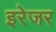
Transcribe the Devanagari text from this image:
इरेजर